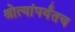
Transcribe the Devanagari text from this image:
श्रोत्यांपर्यंतच